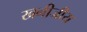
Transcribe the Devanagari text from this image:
खनीजीय